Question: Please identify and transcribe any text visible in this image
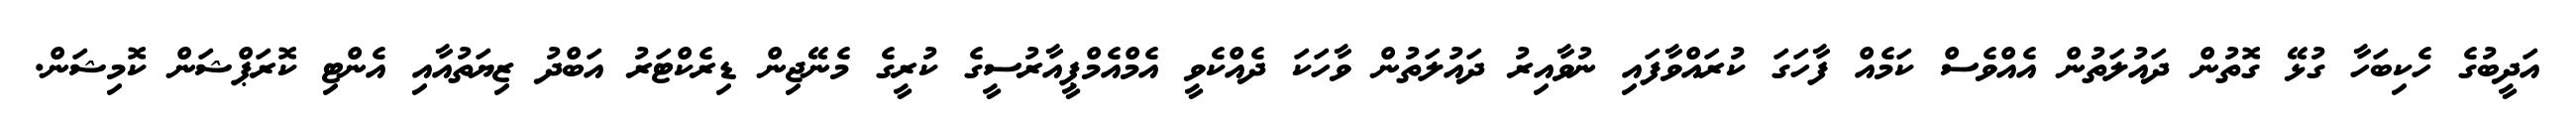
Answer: އަދީބުގެ ހެކިބަހާ ގުޅޭ ގޮތުން ދައުލަތުން އެއްވެސް ކަމެއް ފާހަގަ ކުރައްވާފައި ނުވާއިރު ދައުލަތުން ވާހަކަ ދެއްކެވީ އެމްއެމްޕީއާރުސީގެ ކުރީގެ މެނޭޖިން ޑިރެކްޓަރު އަބްދު ޒިޔަތުއާއި އެންޓި ކޮރަޕްޝަން ކޮމިޝަން.